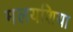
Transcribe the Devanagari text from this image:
मलयशिया